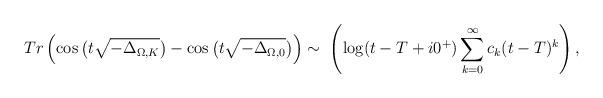
LaTeX: \begin{align*} \small Tr \left ( \cos\big( t \sqrt{-\Delta_{\Omega, K}}\big) -\cos\big( t \sqrt{-\Delta_{\Omega, 0}}\big) \right ) \sim \; \left ( \log (t -T+ i 0^+ ) \sum_{k=0}^\infty c_k (t-T)^k \right ),\end{align*}